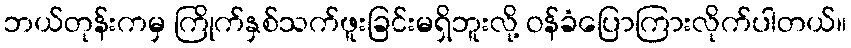
ဘယ်တုန်းကမှ ကြိုက်နှစ်သက်ဖူးခြင်းမရှိဘူးလို့ ဝန်ခံပြောကြားလိုက်ပါတယ်။